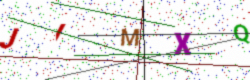
Text: JIMXQ